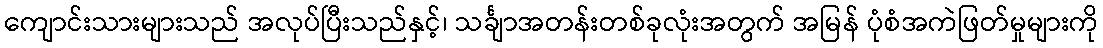
ကျောင်းသားများသည် အလုပ်ပြီးသည်နှင့်၊ သင်္ချာအတန်းတစ်ခုလုံးအတွက် အမြန် ပုံစံအကဲဖြတ်မှုများကို